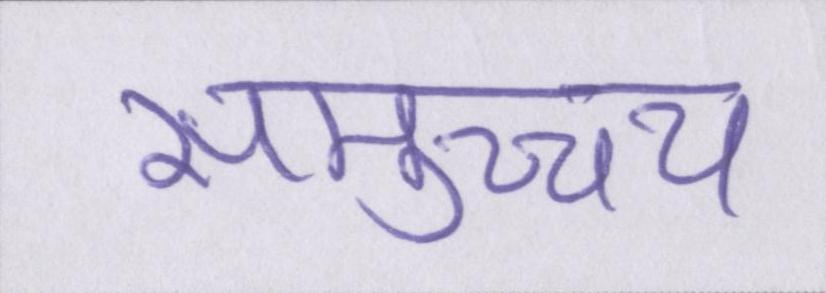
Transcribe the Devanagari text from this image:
समुच्च्य